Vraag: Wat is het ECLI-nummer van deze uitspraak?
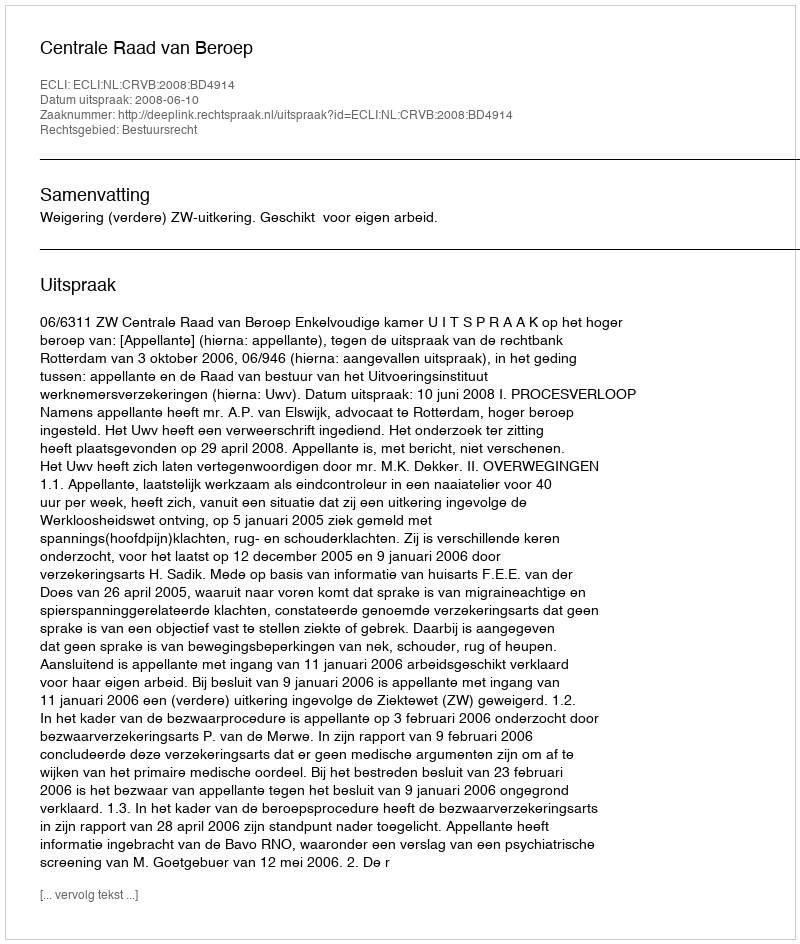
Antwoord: ECLI:NL:CRVB:2008:BD4914